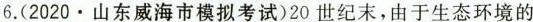
6.(2020.山东威海市模拟考试)20世纪末，由于生态环境的